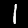
Label: 1